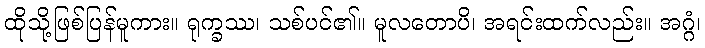
ထိုသို့ဖြစ်ပြန်မူကား။ ရုက္ခဿ၊ သစ်ပင်၏။ မူလတောပိ၊ အရင်းထက်လည်း။ အဂ္ဂံ၊